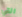
التي